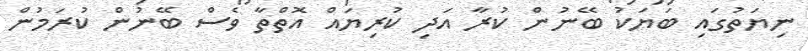
ނިޔަތުގައި ބަޔަކު ބޭނުން ކުރާ އަދި ކުރިޔައް އޮތްތާ ވެސް ބޭނުން ކުރަމުން